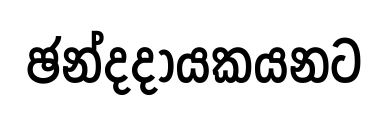
ඡන්දදායකයනට